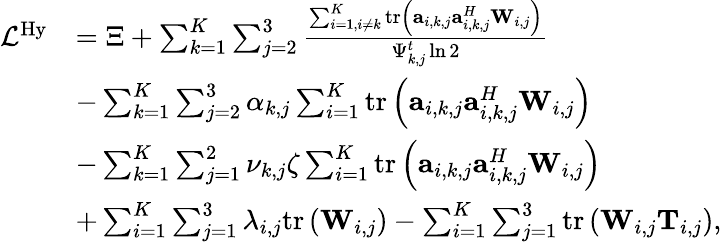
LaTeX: \begin{array}{rl}{\mathcal L^{\mathrm{Hy}}}&{=\Xi+\sum_{k=1}^{K}\sum_{j=2}^{3}\frac{\sum_{i=1,i\neq k}^{K}\mathrm{tr}\left(\mathbf a_{i,k,j}\mathbf a_{i,k,j}^{H}\mathbf W_{i,j}\right)}{\Psi_{k,j}^{t}\ln 2}}\\ &{-\sum_{k=1}^{K}\sum_{j=2}^{3}\alpha_{k,j}\sum_{i=1}^{K}\mathrm{tr}\left(\mathbf a_{i,k,j}\mathbf a_{i,k,j}^{H}\mathbf W_{i,j}\right)}\\ &{-\sum_{k=1}^{K}\sum_{j=1}^{2}\nu_{k,j}\zeta\sum_{i=1}^{K}\mathrm{tr}\left(\mathbf a_{i,k,j}\mathbf a_{i,k,j}^{H}\mathbf W_{i,j}\right)}\\ &{+\sum_{i=1}^{K}\sum_{j=1}^{3}\lambda_{i,j}\mathrm{tr}\left(\mathbf W_{i,j}\right)-\sum_{i=1}^{K}\sum_{j=1}^{3}\mathrm{tr}\left(\mathbf W_{i,j}\mathbf T_{i,j}\right),}\end{array}